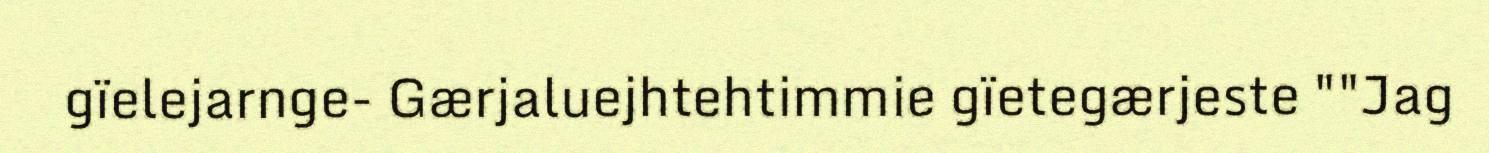
gïelejarnge- Gærjaluejhtehtimmie gïetegærjeste ""Jag